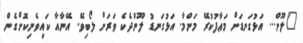
"ލޫން... އަޅުގަނޑަށް މަޢާފުކުރޭ މަންމާ. އަޅުގަނޑު ލޫންދެކެ ވަރަށް ލޯބިވޭ. އޭނާއާ ކައިވެނިކޮށްގެން